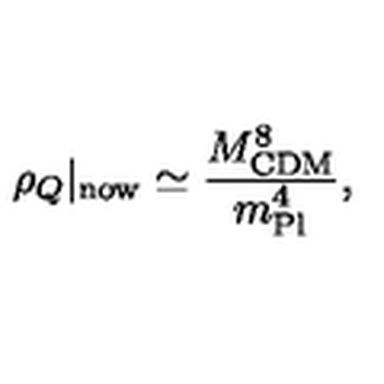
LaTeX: \rho _ { Q } \vert _ { \mathrm { n o w } } \simeq \frac { M _ { \mathrm { C D M } } ^ { 8 } } { m _ { \mathrm { P l } } ^ { 4 } } ,